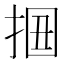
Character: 𢬻